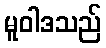
မူဝါဒသည်